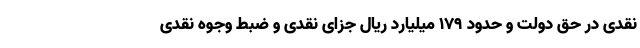
نقدی در حق دولت و حدود ۱۷۹ میلیارد ریال جزای نقدی و ضبط وجوه نقدی